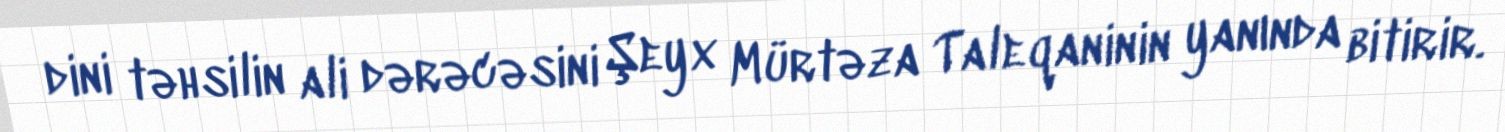
dini təhsilin ali dərəcəsini Şeyx Mürtəza Taleqaninin yanında bitirir.